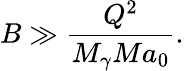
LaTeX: B\gg\frac{Q^{2}}{M_{\gamma}Ma_{0}}.